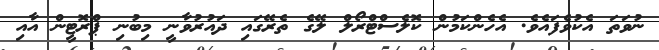
ނުވަތަ އެކުވެފައެވެ. އެހެންކަމުން ކޮލެސްޓްރޯލް ލޭގެ ތެރޭގައި ދައުރުވާނީ މިބުނި ޕްރޮޓީން އާއި